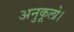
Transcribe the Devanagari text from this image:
अनुकूलो।